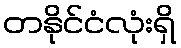
တနိုင်ငံလုံးရှိ